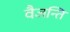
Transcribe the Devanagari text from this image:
वैजन्ति